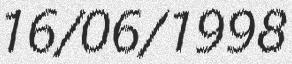
16/06/1998